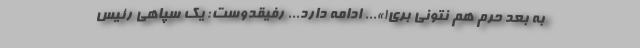
به بعد حرم هم نتونی بری!»... ادامه دارد... رفیقدوست: یک سپاهی رئیس